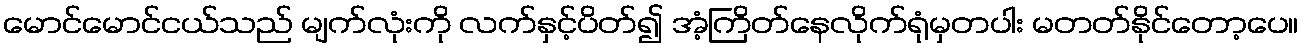
မောင်မောင်ငယ်သည် မျက်လုံးကို လက်နှင့်ပိတ်၍ အံ့ကြိတ်နေလိုက်ရုံမှတပါး မတတ်နိုင်တော့ပေ။